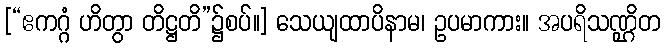
[“ဧကဂ္ဂံ ဟိတွာ တိဋ္ဌတိ”၌စပ်။] သေယျထာပိနာမ၊ ဥပမာကား။ အပရိသဏ္ဌိတ